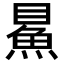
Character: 𩶔